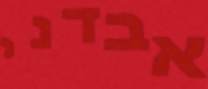
אבדני